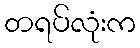
တရပ်လုံးက